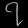
Digit: ၇